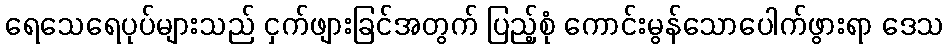
ရေသေရေပုပ်များသည် ငှက်ဖျားခြင်အတွက် ပြည့်စုံ ကောင်းမွန်သောပေါက်ဖွားရာ ဒေသ